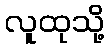
လူထုသို့